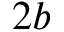
2 b